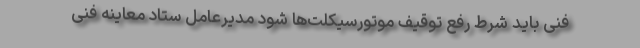
فنی باید شرط رفع توقیف موتورسیکلت‌ها شود مدیرعامل ستاد معاینه فنی